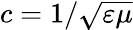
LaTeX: c=1/{\sqrt{\varepsilon\mu}}